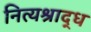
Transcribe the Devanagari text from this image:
नित्यश्राद्ध